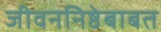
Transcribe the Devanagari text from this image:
जीवननिष्ठेबाबत